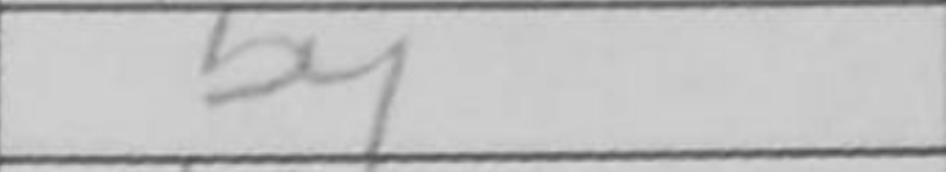
Transcription: b4